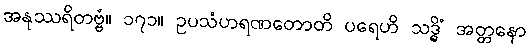
အနုဿရိတဗ္ဗံ။ ၁၇၁။ ဥပသံဟရဏတောတိ ပရေဟိ သဒ္ဓိံ အတ္တနော